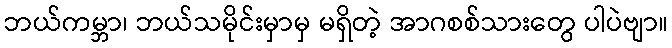
ဘယ်ကမ္ဘာ၊ ဘယ်သမိုင်းမှာမှ မရှိတဲ့ အာဂစစ်သားတွေ ပါပဲဗျာ။